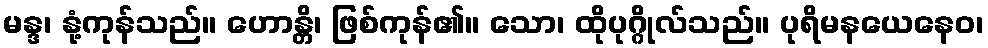
မန္ဒ၊ နုံ့ကုန်သည်။ ဟောန္တိ၊ ဖြစ်ကုန်၏။ သော၊ ထိုပုဂ္ဂိုလ်သည်။ ပုရိမနယေနေဝ၊